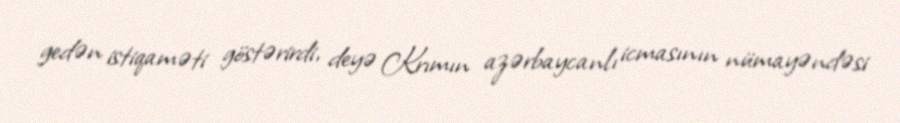
gedən istiqaməti göstərirdi, deyə Krımın azərbaycanlı icmasının nümayəndəsi